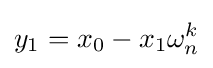
y_{1}=x_{0}-x_{1}\omega _{n}^{k}